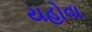
યહોવા